画像に写った文字を読んでください
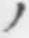
「ノ」と書いてあります